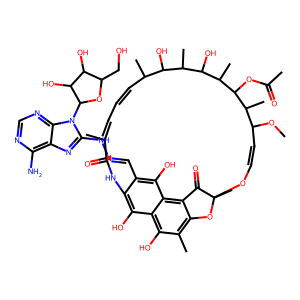
SMILES: COC1C=COC2(C)Oc3c(C)c(O)c4c(O)c(c(C=NNc5nc6c(N)ncnc6n5C5OC(CO)C(O)C5O)c(O)c4c3C2=O)NC(=O)C(C)=CC=CC(C)C(O)C(C)C(O)C(C)C(OC(C)=O)C1C
Inhibits HIV replication: No